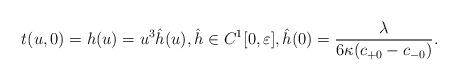
LaTeX: \begin{align*} t(u,0)=h(u)=u^3\hat{h}(u),\hat{h}\in C^1[0,\varepsilon],\hat{h}(0)=\frac{\lambda}{6\kappa(c_{+0}-c_{-0})}.\end{align*}